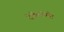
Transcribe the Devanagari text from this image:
देवेलोप्मेंट